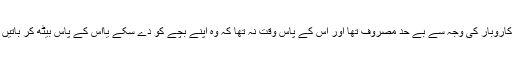
باپ اپنے کاروبار کی وجہ سے بے حد مصروف تھا اور اس کے پاس وقت نہ تھا کہ وہ اپنے بچے کو دے سکے یااس کے پاس بیٹھ کر باتیں کر سکے۔